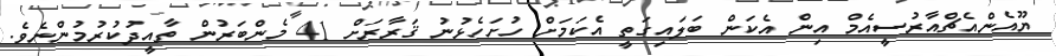
ޔޫއެންއެޗްއާރުސީއެމް އިން އެކަން ބަލައިގަތީ އެކަމަށް ހުށަހެޅުނު ޤަރާރަށް 41 މެންބަރުން ތާއީދުކުރުމުންނެވެ.